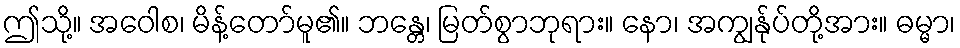
ဤသို့။ အဝေါစ၊ မိန့်တော်မူ၏။ ဘန္တေ၊ မြတ်စွာဘုရား။ နော၊ အကျွန်ုပ်တို့အား။ ဓမ္မာ၊